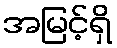
အမြင့်ရှိ